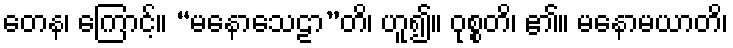
တေန၊ ကြောင့်။ “မနောသေဠာ”တိ၊ ဟူ၍။ ဝုစ္စတိ၊ ၏။ မနောမယာတိ၊